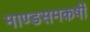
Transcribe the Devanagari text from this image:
माण्डसमकर्षी